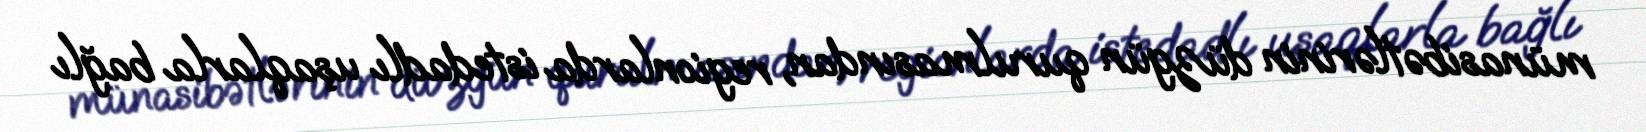
münasibətlərinin düzgün qurulmasından, regionlarda istedadlı uşaqlarla bağlı